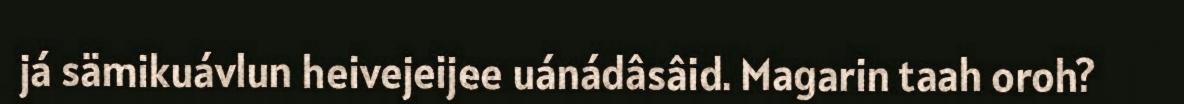
já sämikuávlun heivejeijee uánádâsâid. Magarin taah oroh?